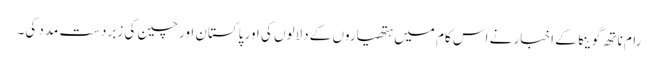
رام ناتھ گوینکا کے اخبار نے اس کام میں ہتھیاروں کے دلالوں کی اور پاکستان اور چین کی زبردست مدد کی۔